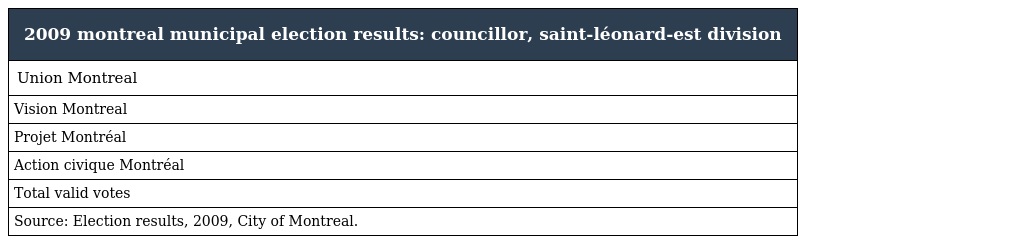
| 2009 montreal municipal election results: councillor, saint-léonard-est division |
 | --- |
 | Union Montreal |
 | Vision Montreal |
 | Projet Montréal |
 | Action civique Montréal |
 | Total valid votes |
 | Source: Election results, 2009, City of Montreal. |